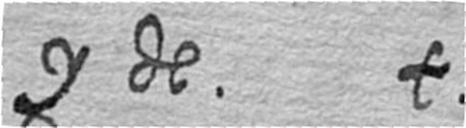
y de t